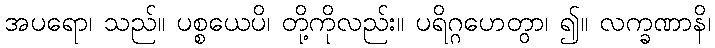
အပရော၊ သည်။ ပစ္စယေပိ၊ တို့ကိုလည်း။ ပရိဂ္ဂဟေတွာ၊ ၍။ လက္ခဏာနိ၊